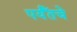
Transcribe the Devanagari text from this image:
पर्यँतचे